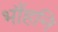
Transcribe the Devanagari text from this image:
भौंहनि